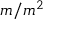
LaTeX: { \mathfrak { m } } / { \mathfrak { m } } ^ { 2 }